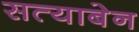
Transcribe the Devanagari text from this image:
सत्याबेन